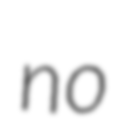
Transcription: no